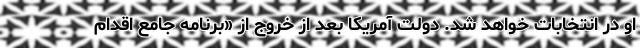
او در انتخابات خواهد شد. دولت آمریکا بعد از خروج از «برنامه جامع اقدام